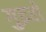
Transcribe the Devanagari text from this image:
गुइरो